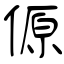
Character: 傆